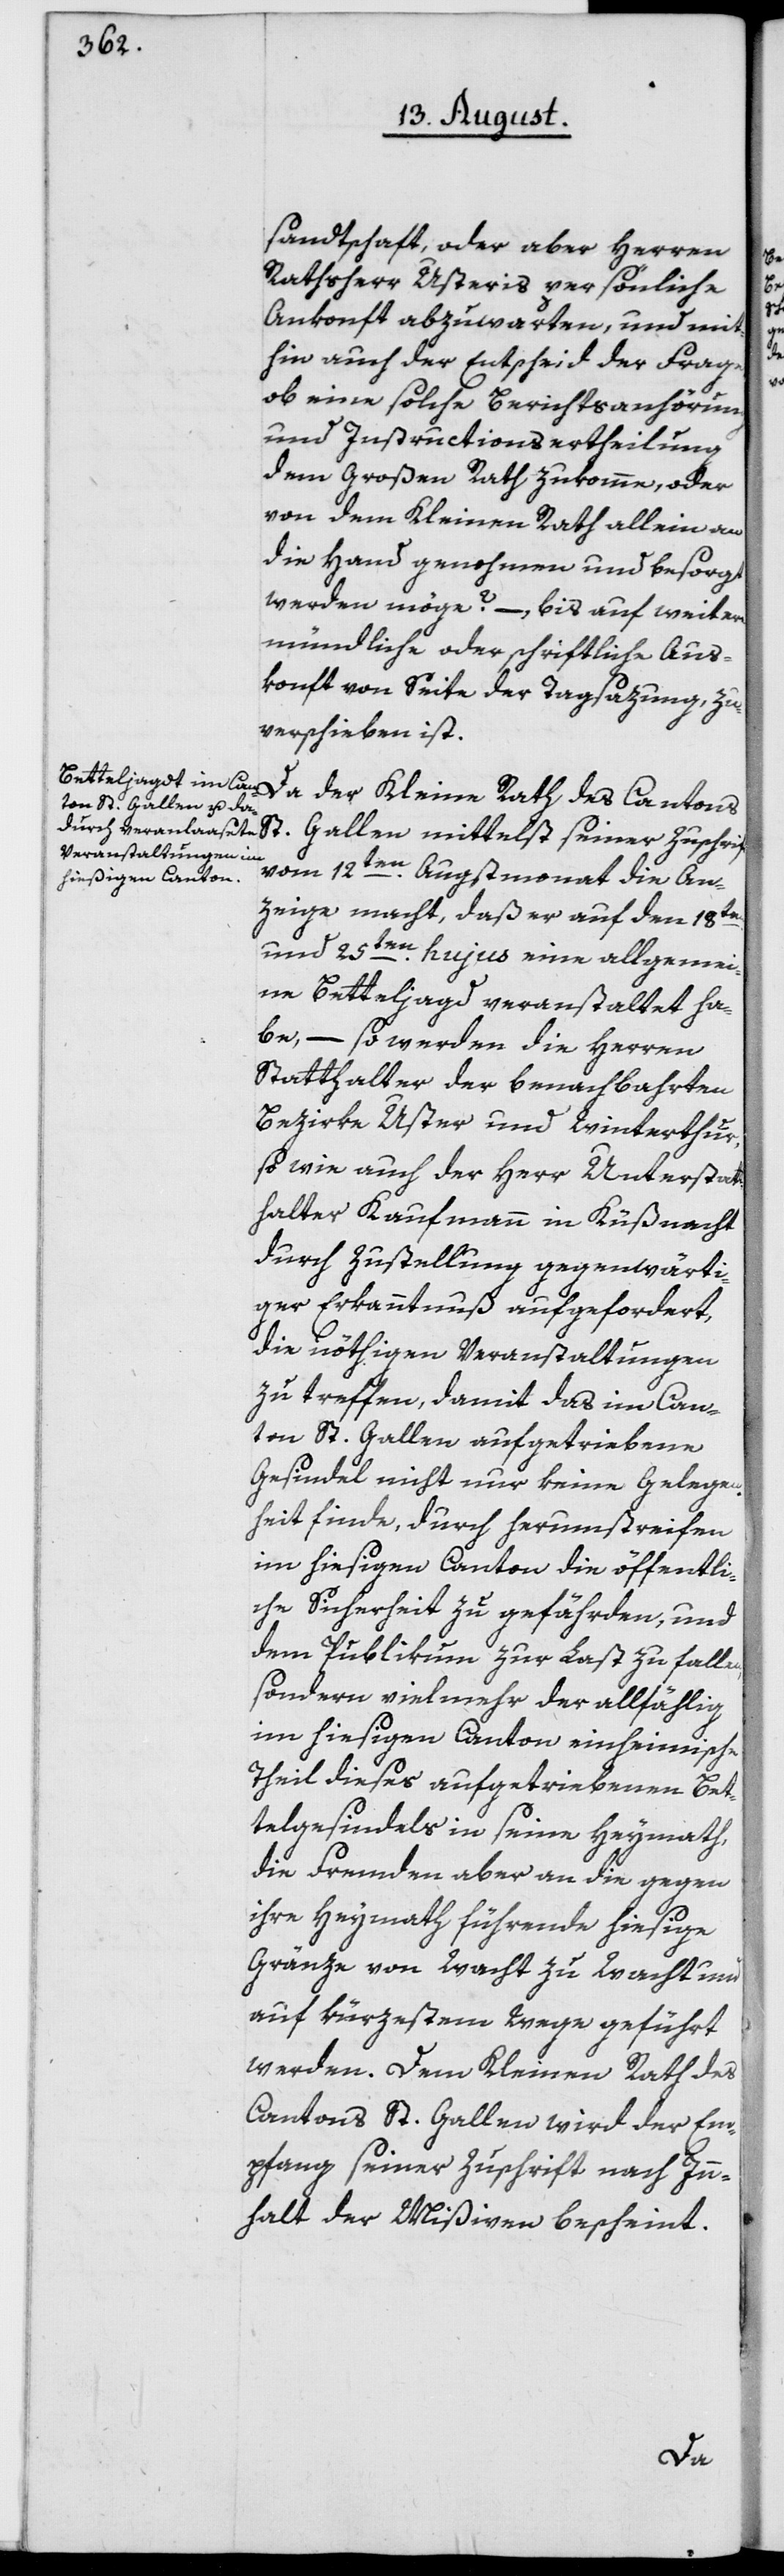
sandtschaft, oder aber Herren
Rathsherr Usteris persönliche
Ankonft abzuwarten, und mit¬
hin auch der Entscheid der Frage,
ob eine solche Berichtsanhörung
und Instructionsertheilung
dem Großen Rath zukomme, oder
von dem Kleinen Rath allein an
die Hand genohmen und besorgt
werden möge? –, bis auf weitere
mündliche oder schriftliche Aus¬
konft von Seite der Tagsazung, zu
verschieben ist.
Da der Kleine Rath des Cantons
St. Gallen mittelst seiner Zuschrift
vom 12ten Augstmonat die An¬
zeige macht, daß er auf den 18ten
und 25ten hujus eine allgemei¬
ne Betteljagd veranstaltet ha¬
be, – so werden die Herren
Statthalter der benachbahrten
Bezirke Uster und Winterthur,
so wie auch der Herr Unterstatt¬
halter Kaufmann in Küßnacht
durch Zustellung gegenwärti¬
ger Erkanntnuß aufgefordert,
die nöthigen Veranstaltungen
zu treffen, damit das im Can¬
ton St. Gallen aufgetriebene
Gesindel nicht nur keine Gelegen¬
heit finde, durch herumstreifen
im hiesigen Canton die öffentli¬
che Sicherheit zu gefährden, und
dem Publikum zur Last zu fallen,
sondern vielmehr der allfählig
im hiesigen Canton einheimische
Theil dieses aufgetriebenen Bet¬
telgesindels in seine Heymath,
die Fremden aber an die gegen
ihre Heymath führende hiesige
Gränze von Wacht zu Wacht und
auf kürzestem Wege geführt
werden. Dem Kleinen Rath des
Cantons St. Gallen wird der Em¬
pfang seiner Zuschrift nach Inn¬
halt der Mißiven bescheint.